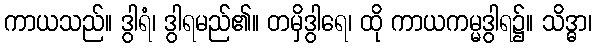
ကာယသည်။ ဒွါရံ၊ ဒွါရမည်၏။ တမှိဒွါရေ၊ ထို ကာယကမ္မဒွါရ၌။ သိဒ္ဓာ၊